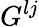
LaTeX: G^{lj}